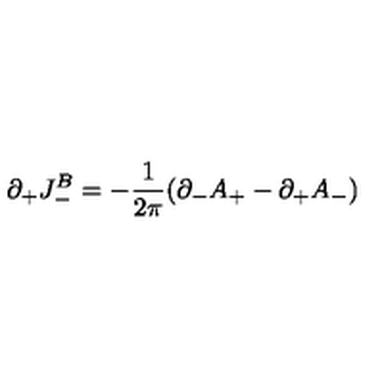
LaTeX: \partial _ { + } J _ { - } ^ { B } = - { \frac { 1 } { 2 \pi } } ( \partial _ { - } A _ { + } - \partial _ { + } A _ { - } )